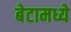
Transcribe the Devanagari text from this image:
बेटामध्ये